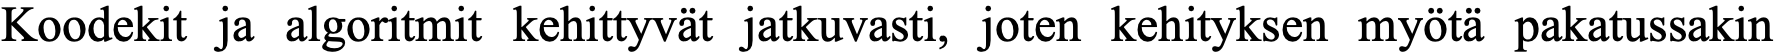
Koodekit ja algoritmit kehittyvät jatkuvasti, joten kehityksen myötä pakatussakin